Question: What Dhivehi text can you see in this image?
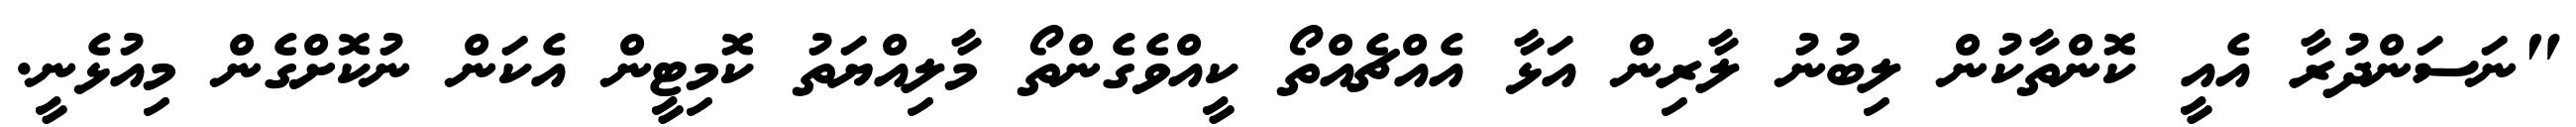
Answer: "ނަސަންދުރާ އެއީ ކޮންތާކުން ލިބުނު ލާރިން އަޅާ އެއްޗެއްތޯ ކީއްވެގެންތޯ މާލިއްޔަތު ކޮމިޓީން އެކަން ނުކޮށްގެން މިއުޅެނީ.